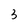
Character: 3